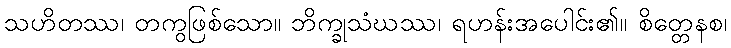
သဟိတဿ၊ တကွဖြစ်သော။ ဘိက္ခုသံဃဿ၊ ရဟန်းအပေါင်း၏။ စိတ္တေနစ၊